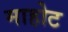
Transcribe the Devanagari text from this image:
माहोट